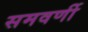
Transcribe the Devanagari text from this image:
समवर्णी